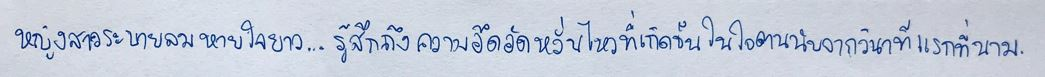
หญิงสาวระบายลมหายใจยาว...รู้สึกถึงความอึดอัดหวั่นไหวที่เกิดขึ้นในใจตนนับจากวินาทีแรกที่นาม